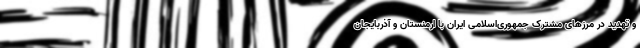
و تهدید در مرزهای مشترک جمهوری‌اسلامی ایران با ارمنستان و آذربایجان